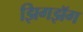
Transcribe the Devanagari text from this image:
झिगझॅग